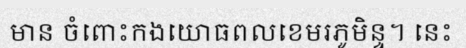
មាន ចំពោះកងយោធពលខេមរភូមិន្ទ។ នេះ